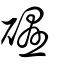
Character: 礘